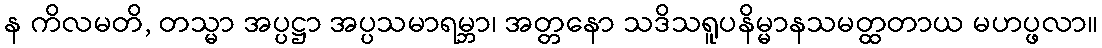
န ကိလမတိ, တသ္မာ အပ္ပဋ္ဌာ အပ္ပသမာရမ္ဘာ၊ အတ္တနော သဒိသရူပနိမ္မာနသမတ္ထတာယ မဟပ္ဖလာ။